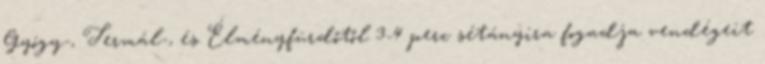
Gyógy-, Termál-, és Élményfürdőtől 3-4 perc sétányira fogadja vendégeit